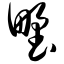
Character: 野